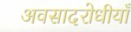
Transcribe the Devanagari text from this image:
अवसादरोधीयाँ